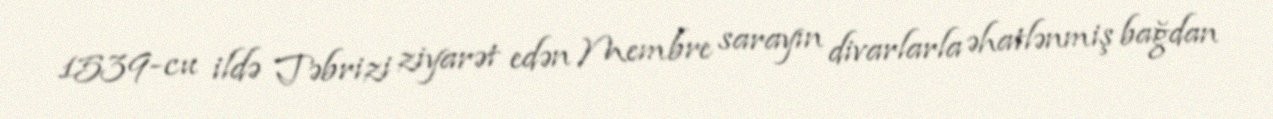
1539-cu ildə Təbrizi ziyarət edən Membre sarayın divarlarla əhatlənmiş bağdan